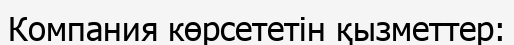
Компания көрсететін қызметтер: